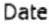
DATE